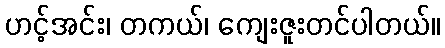
ဟင့်အင်း၊ တကယ်၊ ကျေးဇူးတင်ပါတယ်။